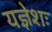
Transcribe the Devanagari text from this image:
यज्ञेशः